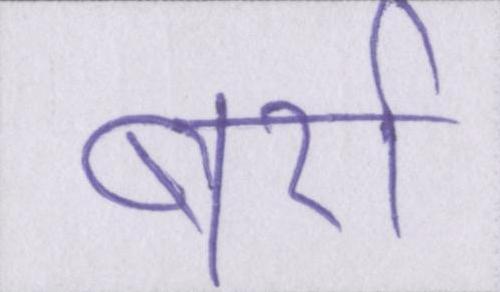
बर्रा